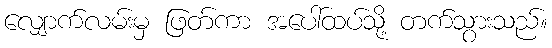
လျှောက်လမ်းမှ ဖြတ်ကာ အပေါ်ထပ်သို့ တက်သွားသည်။